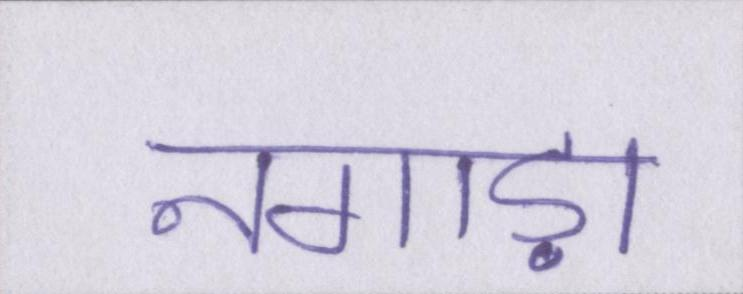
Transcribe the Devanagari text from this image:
नगाड़ा